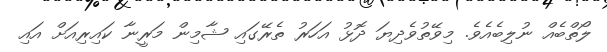
ލޯތްބެއް ނުލިބެއެވެ. މިވޭތުވެދިޔަ ދޮޅު އަހަރު ތެރޭގައި ޝާމިން މަރީނާ ކައިރިއަށް އައި